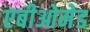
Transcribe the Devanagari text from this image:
एबीओमेड